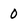
Character: 0